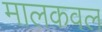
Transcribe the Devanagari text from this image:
मालकवल